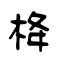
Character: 栙